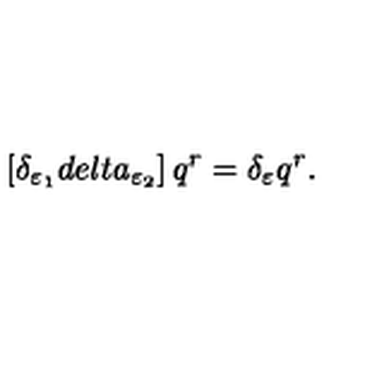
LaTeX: \left[ \delta _ { \varepsilon _ { 1 } } d e l t a _ { \varepsilon _ { 2 } } \right] q ^ { r } = \delta _ { \varepsilon } q ^ { r } .